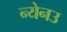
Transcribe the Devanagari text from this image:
न्येनउ